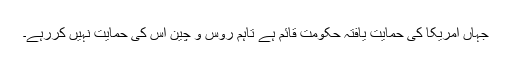
جہاں امریکا کی حمایت یافتہ حکومت قائم ہے تاہم روس و چین اس کی حمایت نہیں کررہے۔